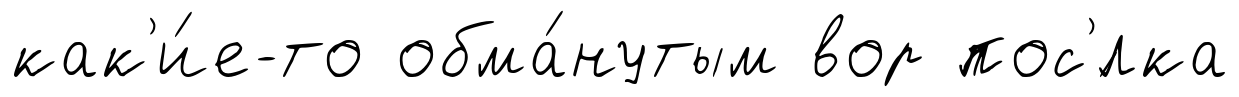
как'и́е-то обма́нутым вор пос'́лка